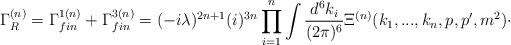
LaTeX: \begin{align*}\Gamma _{R}^{(n)}=\Gamma _{fin}^{1(n)}+\Gamma _{fin}^{3(n)}=(-i\lambda)^{2n+1}(i)^{3n}\prod_{i=1}^{n}\int \frac{d^{6}k_{i}}{(2\pi )^{6}}\Xi^{(n)}(k_{1},...,k_{n},p,p^{\prime },m^{2})\cdot\end{align*}